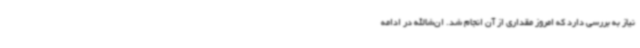
نیاز به بررسی دارد که امروز مقداری از آن انجام شد. ان‌شاالله در ادامه